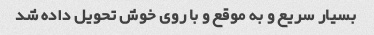
بسیار سریع و به موقع و با روی خوش تحویل داده شد